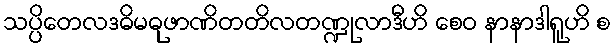
သပ္ပိတေလဒဓိမဓုဖာဏိတတိလတဏ္ဍုလာဒီဟိ စေဝ နာနာဒါရူဟိ စ